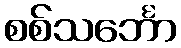
စစ်သင်္ဘော